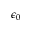
\epsilon _ { 0 }